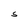
Character: S